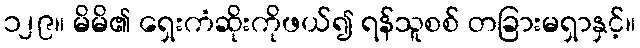
၁၂၉။ မိမိ၏ ရှေးကံဆိုးကိုဖယ်၍ ရန်သူစစ် တခြားမရှာနှင့်။